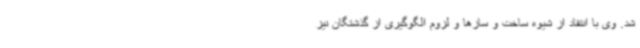
شد. وی با انتقاد از شیوه ساخت و سازها و لزوم الگوگیری از گذشتگان نیز